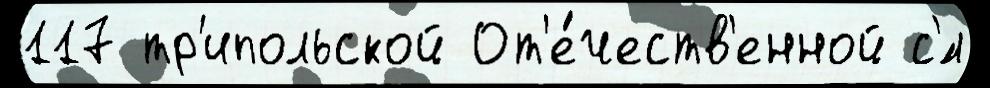
117 тр'ипольской От'е́честв'енной с'́л